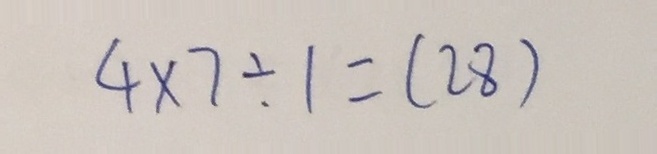
4 \times 7 \div 1 = ( 2 8 )